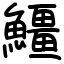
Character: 䲔